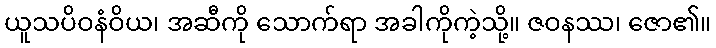
ယူသပိဝနံဝိယ၊ အဆီကို သောက်ရာ အခါကိုကဲ့သို့။ ဇဝနဿ၊ ဇော၏။